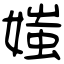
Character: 媸